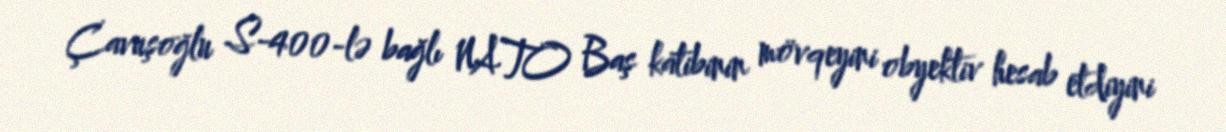
Çavuşoğlu S-400-lə bağlı NATO Baş katibinin mövqeyini obyektiv hesab etdiyini